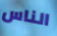
الناس